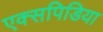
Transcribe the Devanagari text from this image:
एक्सपिडिया